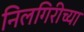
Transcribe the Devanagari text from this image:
निलगिरीच्‍या